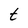
Character: t